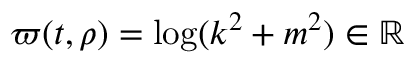
\varpi ( t , \rho ) = \log ( k ^ { 2 } + m ^ { 2 } ) \in \mathbb { R }